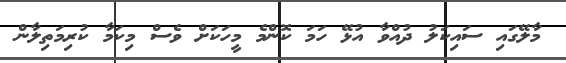
މާލޭގައި ސައިކަލު ދުއްވާ އުޅޭ ހަމަ ކޮންމެ މީހަކަށް ވެސް މިކަމާ ކުރިމަތިލާން